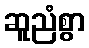
ဆူညံစွာ